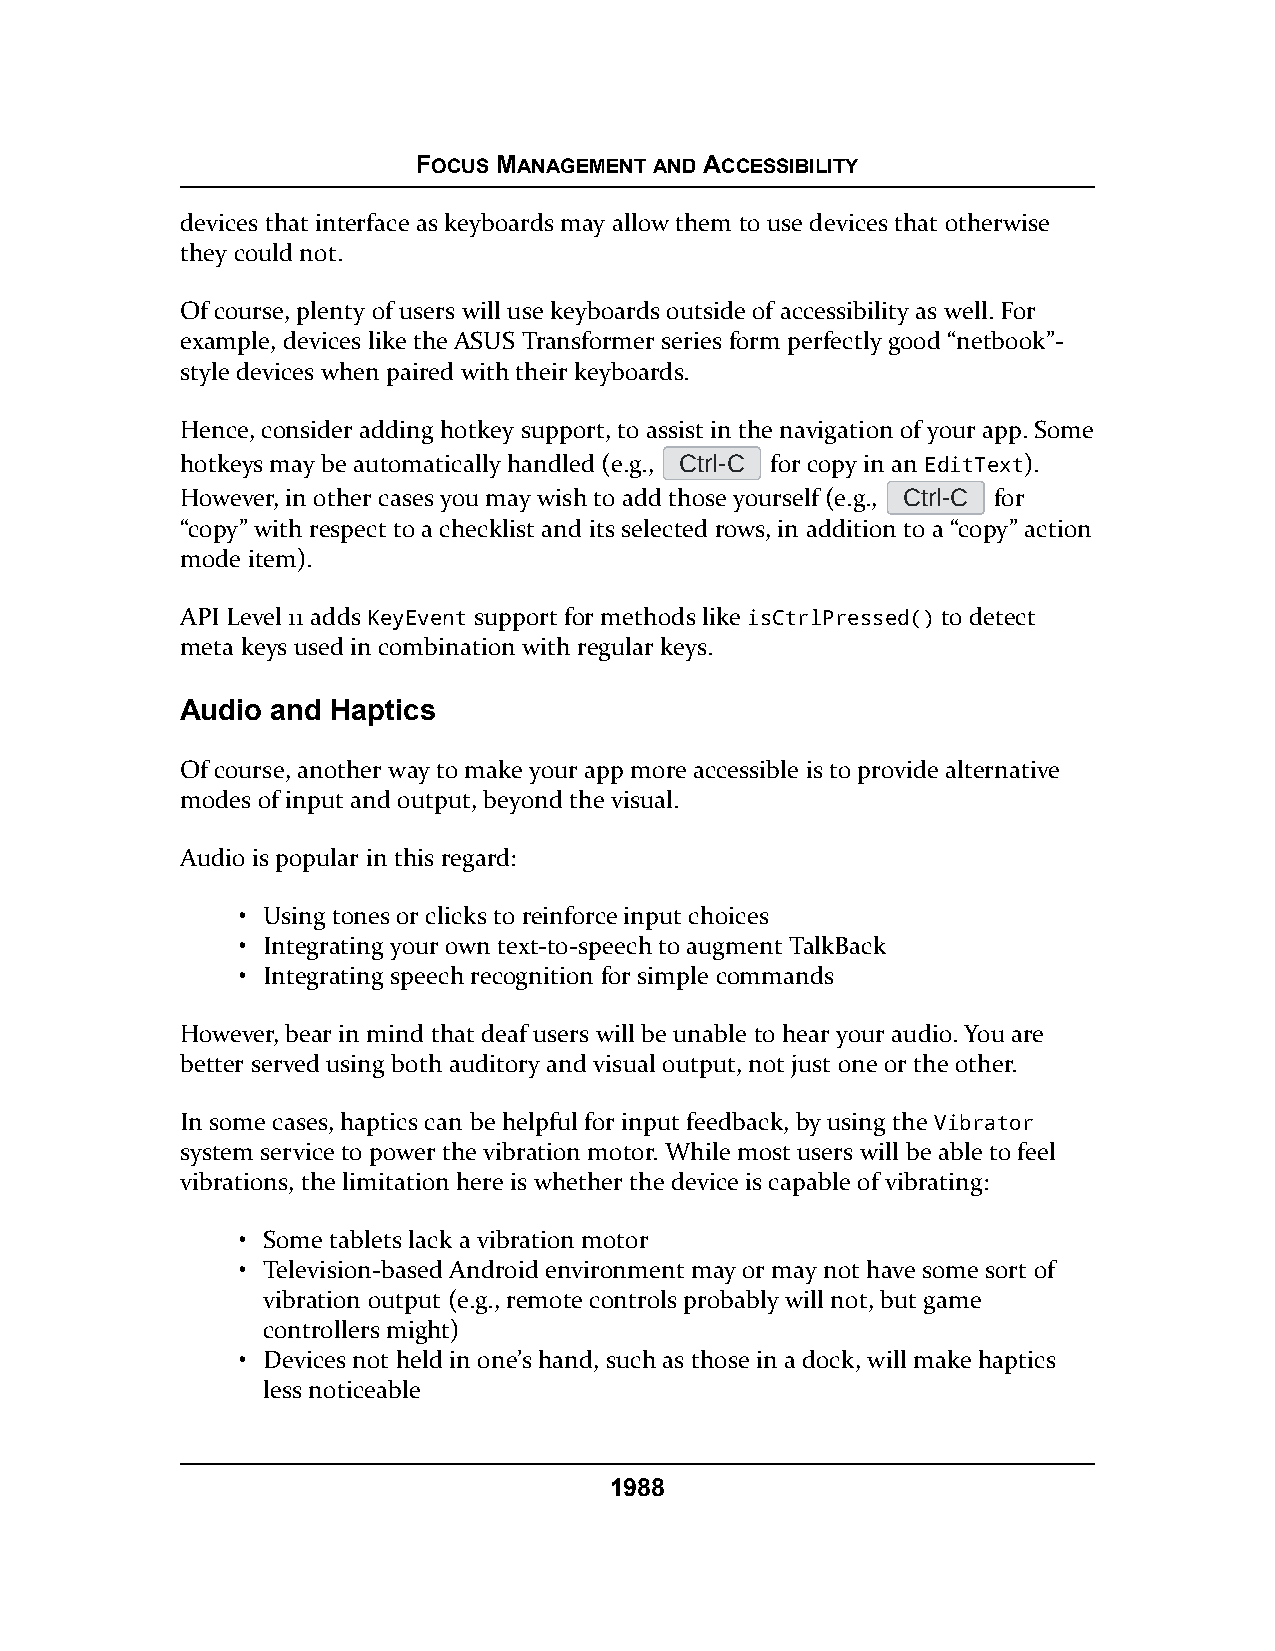
FOCUS MANAGEMENT AND ACCESSIBILITY
 devices that interface as keyboards may allow them to use devices that otherwise
 they could not.
 Of course, plenty of users will use keyboards outside of accessibility as well. For
 example, devices like the ASUS Transformer series form perfectly good “netbook”-
 style devices when paired with their keyboards.
 Hence, consider adding hotkey support, to assist in the navigation of your app. Some
 hotkeys may be automatically handled (e.g., Ctrl-C for copy in an EditText).
 However, in other cases you may wish to add those yourself (e.g., Ctrl-C for
 “copy” with respect to a checklist and its selected rows, in addition to a “copy” action
 mode item).
 API Level 11 adds KeyEvent support for methods like isCtrlPressed() to detect
 meta keys used in combination with regular keys.
 Audio and Haptics
 Of course, another way to make your app more accessible is to provide alternative
 modes of input and output, beyond the visual.
 Audio is popular in this regard:
 • Using tones or clicks to reinforce input choices
 • Integrating your own text-to-speech to augment TalkBack
 • Integrating speech recognition for simple commands
 However, bear in mind that deaf users will be unable to hear your audio. You are
 better served using both auditory and visual output, not just one or the other.
 In some cases, haptics can be helpful for input feedback, by using the Vibrator
 system service to power the vibration motor. While most users will be able to feel
 vibrations, the limitation here is whether the device is capable of vibrating:
 • Some tablets lack a vibration motor
 • Television-based Android environment may or may not have some sort of
 vibration output (e.g., remote controls probably will not, but game
 controllers might)
 • Devices not held in one’s hand, such as those in a dock, will make haptics
 less noticeable
 1988